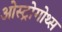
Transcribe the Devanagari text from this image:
ओस्ट्रोगोथ्स